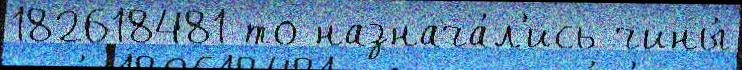
182618481 то назнача́л'ись чины́